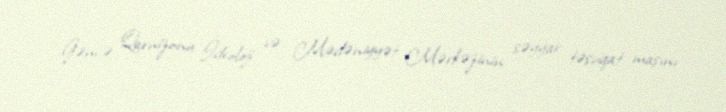
Gəncə Qarnizonu İdeoloji və Mədəniyyət Mərkəzinin səyyar təşviqat maşını